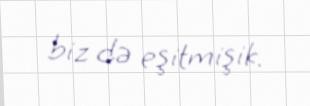
biz də eşitmişik.